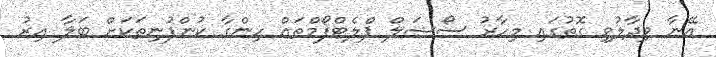
އޭނާ ވިދާލުވި ގޮތުގައި މިހާރު ސޯޝަލް ޕްލެޓްފޯމްތައް ހިންގާ ކުންފުނިތަކަށް ބަލާ އިރު